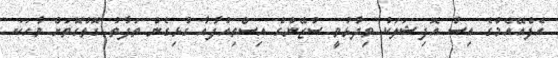
އެފްއޭއެމްގެ އިސް އޮފިޝަލަކު ވިދާޅުވީ ސުޒޭންގެ އިސްތިއުފާއާ ގުޅިގެން ތަފާތު ގޮަތްގޮތަށް ވާހަކަ